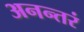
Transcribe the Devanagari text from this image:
अनन्तरं